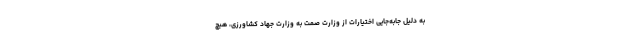
به دلیل جابه‌جایی اختیارات از وزارت صمت به وزارت جهاد کشاورزی، هیچ